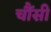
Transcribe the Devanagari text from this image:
चौंसी